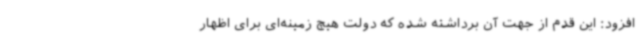
افزود: این قدم از جهت آن برداشته شده که دولت هیچ زمینه‌ای برای اظهار